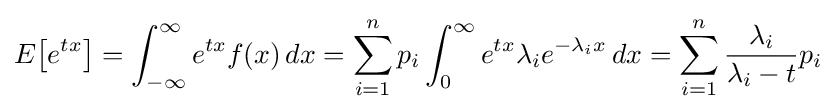
E\!\left[e^{tx}\right]=\int _{-\infty }^{\infty }e^{tx}f(x)\,dx=\sum _{i=1}^{n}p_{i}\int _{0}^{\infty }e^{tx}\lambda _{i}e^{-\lambda _{i}x}\,dx=\sum _{i=1}^{n}{\frac {\lambda _{i}}{\lambda _{i}-t}}p_{i}